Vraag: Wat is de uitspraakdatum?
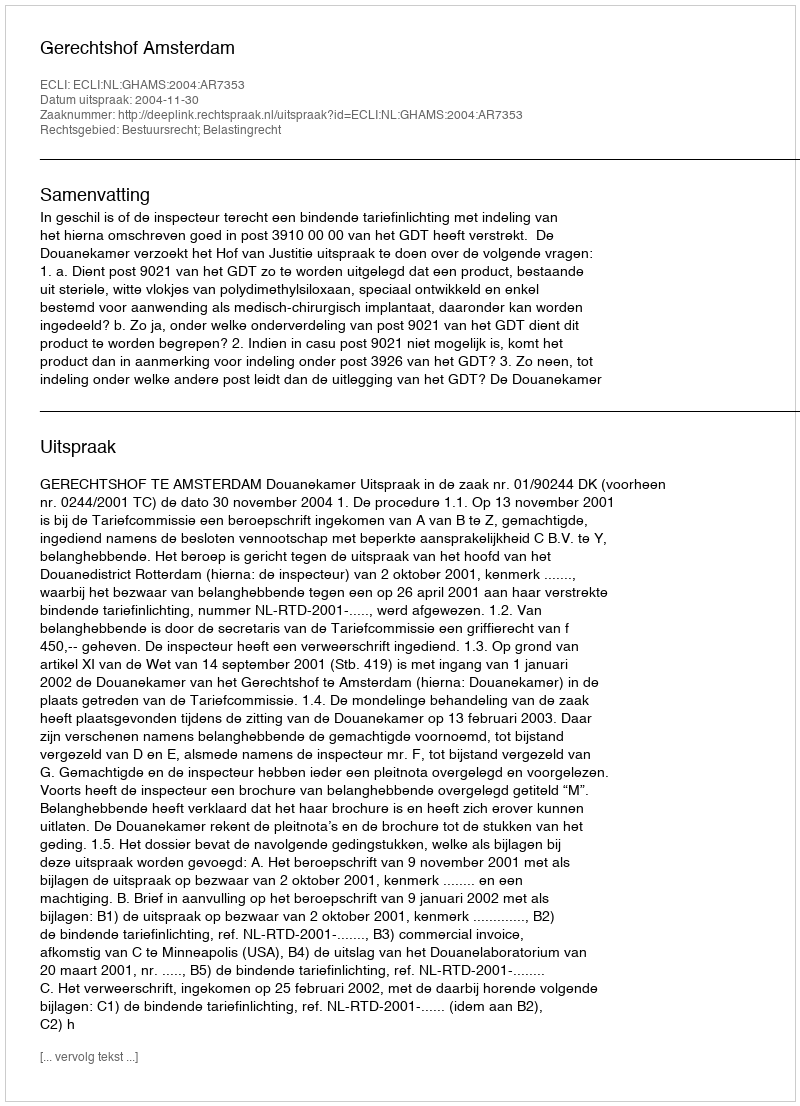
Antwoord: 2004-11-30